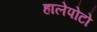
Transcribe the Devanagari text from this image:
हालेपोटो